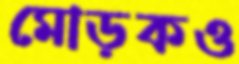
মোড়কও